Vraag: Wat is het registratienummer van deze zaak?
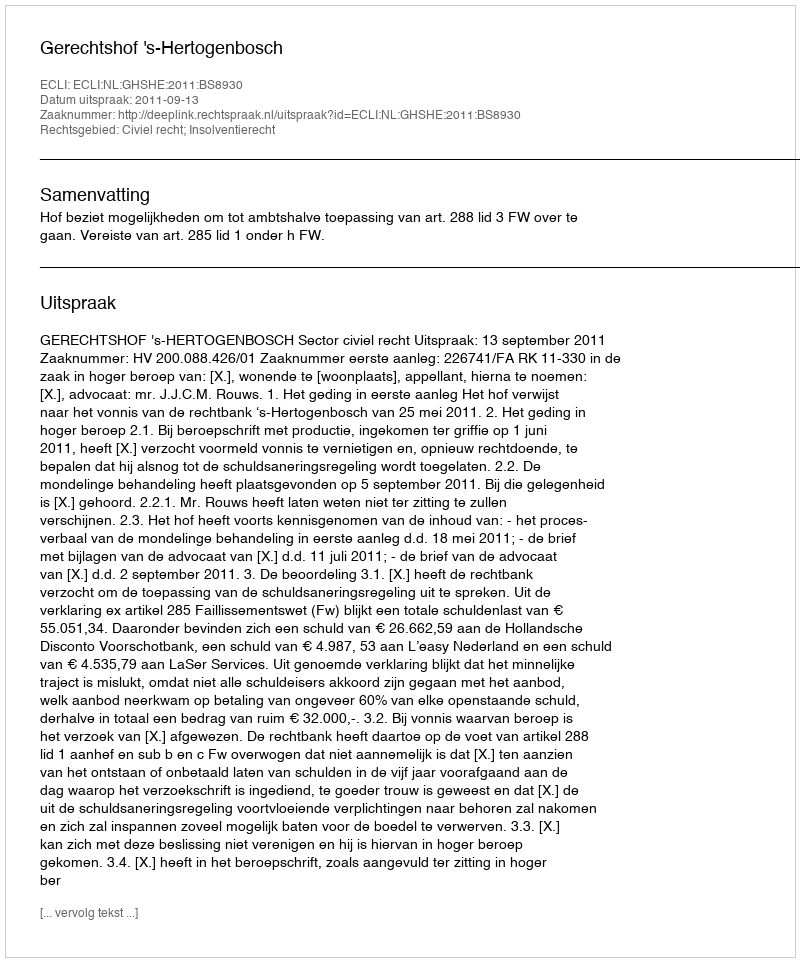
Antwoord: http://deeplink.rechtspraak.nl/uitspraak?id=ECLI:NL:GHSHE:2011:BS8930